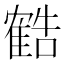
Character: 𬯱